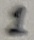
Text: 1